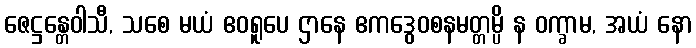
ဇေဋ္ဌန္တေဝါသီ, သစေ မယံ ဧဝရူပေ ဌာနေ ဧကဒွေဝစနမတ္တမ္ပိ န ဝက္ခာမ, အယံ နော